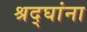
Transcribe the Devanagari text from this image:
श्रद्घांना